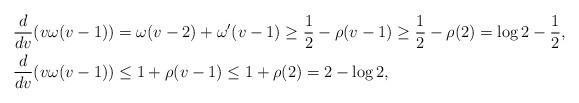
LaTeX: \begin{align*}\frac{d}{dv}(v\omega(v-1))&=\omega(v-2)+\omega'(v-1)\ge\frac{1}{2}-\rho(v-1)\ge\frac{1}{2}-\rho(2)=\log2-\frac{1}{2},\\\frac{d}{dv}(v\omega(v-1))&\le 1+\rho(v-1)\le1+\rho(2)=2-\log2,\end{align*}